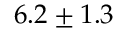
6 . 2 \pm 1 . 3